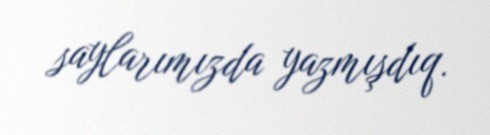
saylarımızda yazmışdıq.